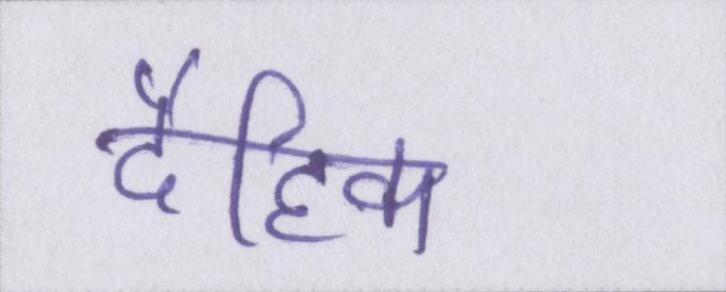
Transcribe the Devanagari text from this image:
दैहिक